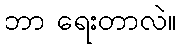
ဘာ ရေးတာလဲ။